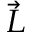
\scriptstyle { \vec { L } }